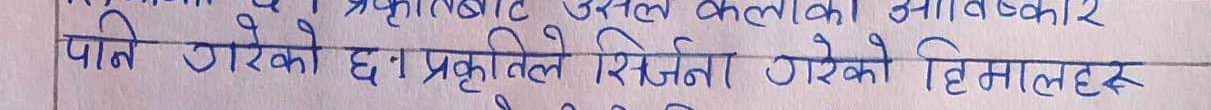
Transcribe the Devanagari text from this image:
प्रकृतिबाट असल कलाको आविष्कार
पनि गरेको छ। प्रकृतिले सिर्जना गरेको हिमालहरु